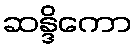
ဆန္ဒိကော